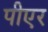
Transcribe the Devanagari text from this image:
पीएर